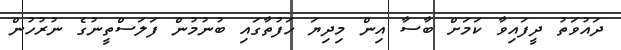
ދައުވަތު ދީފައިވާ ކަމަށް ބާސާ އިން މިދިޔަ ހަފުތާގައި ބުނުމުން ފަލަސްތީނުގެ ނުރުހުން